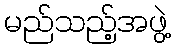
မည်သည့်အဖွဲ့